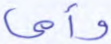
وأمي